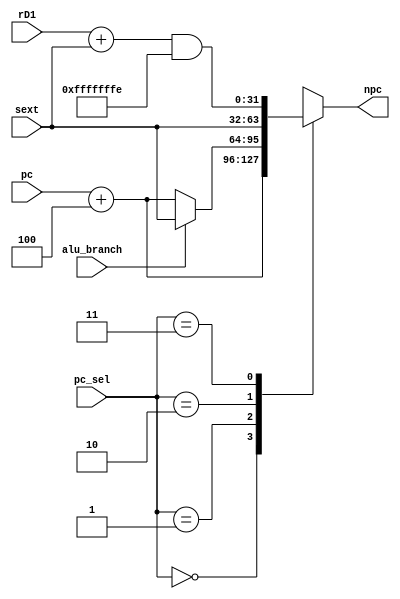
`timescale 1ns / 1ps
//////////////////////////////////////////////////////////////////////////////////
// Company: 
// Engineer: 
// 
// Design Name: 
// Module Name: NPC
// Project Name: 
// Target Devices: 
// Tool Versions: 
// Description: 
// 
// Dependencies: 
// 
// Revision:
// Revision 0.01 - File Created
// Additional Comments:
// 
//////////////////////////////////////////////////////////////////////////////////


module NPC(
    input alu_branch,
    input [1:0] pc_sel,
    input [31:0] pc,
    input [31:0] sext,
    input [31:0] rD1,
    output reg [31:0] npc
    );
    
    
    always @(*) begin
        case(pc_sel)
            2'b00: //pc+4
                npc = pc + 32'h00000004;
            2'b01: //branch
                if(alu_branch)
                    npc = sext;
                else
                    npc = pc + 32'h00000004;
            2'b10: //jal
                npc = sext;
            2'b11: //jalr
                npc = (rD1+sext) & 32'hfffffffe;
        endcase
    end
    
endmodule